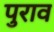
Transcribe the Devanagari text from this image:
पुराव